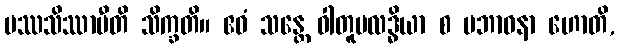
ပဿသိဿာမီတိ သိက္ခတိ။ ဧဝံ သန္တေ ဝါတူပလဒ္ဓိယာ စ ပဘာဝနာ ဟောတိ,